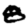
Digit: 8